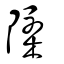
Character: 櫽